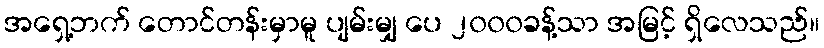
အရှေ့ဘက် တောင်တန်းမှာမူ ပျမ်းမျှ ပေ ၂၀၀၀ခန့်သာ အမြင့် ရှိလေသည်။